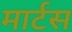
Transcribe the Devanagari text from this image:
मार्टस